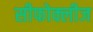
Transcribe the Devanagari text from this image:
सीफोक्लीज